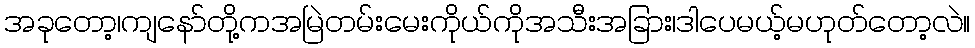
အခုတော့၊ကျနော်တို့ကအမြဲတမ်းမေးကိုယ်ကိုအသီးအခြား၊ဒါပေမယ့်မဟုတ်တော့လဲ။